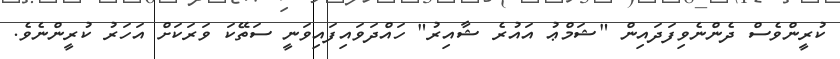
ކުރީންވެސް ދެންނެވިފަދައިން "ޝަމްޢު އައުރެ ޝާއިރު" ހައްދަވައިފައިވަނީ ސަތޭކަ ވަރަކަށް އަހަރު ކުރީންނެވެ.